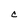
Character: C